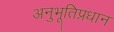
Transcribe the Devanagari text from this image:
अनुभूतिप्रधान